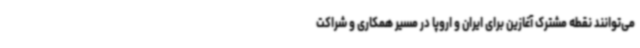
می‌توانند نقطه مشترک آغازین برای ایران و اروپا در مسیر همکاری و شراکت